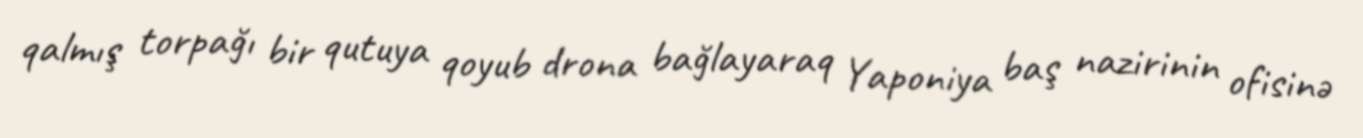
qalmış torpağı bir qutuya qoyub drona bağlayaraq Yaponiya baş nazirinin ofisinə